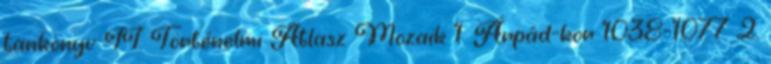
tankönyv II. Történelmi Atlasz Mozaik 1. Árpád-kor 1038-1077 2.